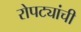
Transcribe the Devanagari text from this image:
रोपट्यांची